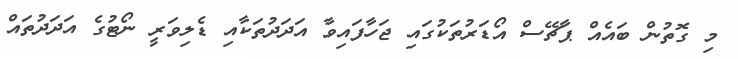
މި ގޮތުން ބައެއް ޕާޗޭސް އޯޑަރުތަކުގައި ޖަހާފައިވާ އަދަދުތަކާއި ޑެލިވަރީ ނޯޓުގެ އަދަދުތައް